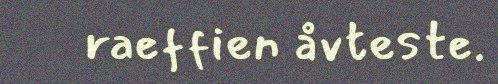
raeffien åvteste.